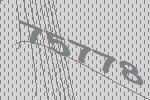
75778